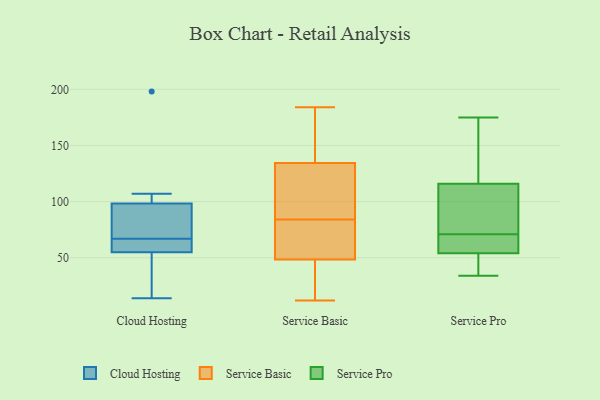
{"axis": {"x": "Active Users", "y": "Value"}, "legend": ["Cloud Hosting", "Service Basic", "Service Pro"], "data": [{"x": "", "y": 96, "type": "Cloud Hosting"}, {"x": "", "y": 106, "type": "Cloud Hosting"}, {"x": "", "y": 102, "type": "Cloud Hosting"}, {"x": "", "y": 85, "type": "Cloud Hosting"}, {"x": "", "y": 64, "type": "Cloud Hosting"}, {"x": "", "y": 42, "type": "Cloud Hosting"}, {"x": "", "y": 64, "type": "Cloud Hosting"}, {"x": "", "y": 32, "type": "Cloud Hosting"}, {"x": "", "y": 56, "type": "Cloud Hosting"}, {"x": "", "y": 198, "type": "Cloud Hosting"}, {"x": "", "y": 14, "type": "Cloud Hosting"}, {"x": "", "y": 97, "type": "Cloud Hosting"}, {"x": "", "y": 67, "type": "Cloud Hosting"}, {"x": "", "y": 52, "type": "Cloud Hosting"}, {"x": "", "y": 92, "type": "Cloud Hosting"}, {"x": "", "y": 107, "type": "Cloud Hosting"}, {"x": "", "y": 67, "type": "Cloud Hosting"}, {"x": "", "y": 34, "type": "Service Basic"}, {"x": "", "y": 29, "type": "Service Basic"}, {"x": "", "y": 156, "type": "Service Basic"}, {"x": "", "y": 56, "type": "Service Basic"}, {"x": "", "y": 46, "type": "Service Basic"}, {"x": "", "y": 120, "type": "Service Basic"}, {"x": "", "y": 83, "type": "Service Basic"}, {"x": "", "y": 138, "type": "Service Basic"}, {"x": "", "y": 71, "type": "Service Basic"}, {"x": "", "y": 114, "type": "Service Basic"}, {"x": "", "y": 183, "type": "Service Basic"}, {"x": "", "y": 124, "type": "Service Basic"}, {"x": "", "y": 83, "type": "Service Basic"}, {"x": "", "y": 184, "type": "Service Basic"}, {"x": "", "y": 38, "type": "Service Basic"}, {"x": "", "y": 104, "type": "Service Basic"}, {"x": "", "y": 179, "type": "Service Basic"}, {"x": "", "y": 12, "type": "Service Basic"}, {"x": "", "y": 84, "type": "Service Basic"}, {"x": "", "y": 38, "type": "Service Pro"}, {"x": "", "y": 106, "type": "Service Pro"}, {"x": "", "y": 34, "type": "Service Pro"}, {"x": "", "y": 60, "type": "Service Pro"}, {"x": "", "y": 116, "type": "Service Pro"}, {"x": "", "y": 46, "type": "Service Pro"}, {"x": "", "y": 175, "type": "Service Pro"}, {"x": "", "y": 107, "type": "Service Pro"}, {"x": "", "y": 133, "type": "Service Pro"}, {"x": "", "y": 128, "type": "Service Pro"}, {"x": "", "y": 54, "type": "Service Pro"}, {"x": "", "y": 88, "type": "Service Pro"}, {"x": "", "y": 39, "type": "Service Pro"}, {"x": "", "y": 80, "type": "Service Pro"}, {"x": "", "y": 62, "type": "Service Pro"}, {"x": "", "y": 55, "type": "Service Pro"}, {"x": "", "y": 62, "type": "Service Pro"}, {"x": "", "y": 128, "type": "Service Pro"}]}